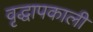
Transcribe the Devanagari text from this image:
वृद्धापकाली